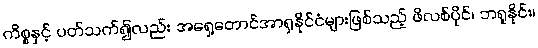
ကိစ္စနှင့် ပတ်သက်၍လည်း အရှေ့တောင်အာရှနိုင်ငံများဖြစ်သည့် ဖိလစ်ပိုင်၊ ဘရူနိုင်း၊